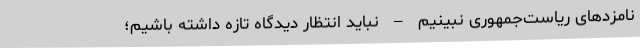
نامزدهای ریاست‌جمهوری نبینیم – نباید انتظار دیدگاه تازه داشته باشیم؛